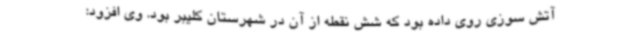
آتش سوزی روی داده بود که شش نقطه از آن در شهرستان کلیبر بود. وی افزود: